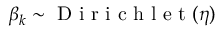
\beta _ { k } \sim \mathrm { ~ D ~ i ~ r ~ i ~ c ~ h ~ l ~ e ~ t ~ } ( \eta )